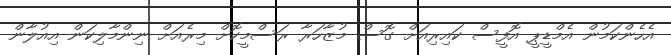
އެހެންކަމުން އެމްޑީޕީ އޮފީސް ކައިރިއަށް ގޮސް މުޒާހަރާ ރަސްމީކޮށް މިރެއަށް ނިންމާލިކަން އިއުލާން